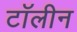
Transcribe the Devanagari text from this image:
टॉलीन